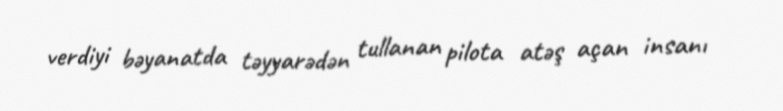
verdiyi bəyanatda təyyarədən tullanan pilota atəş açan insanı